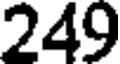
249